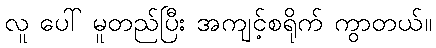
လူ ပေါ် မူတည်ပြီး အကျင့်စရိုက် ကွာတယ်။